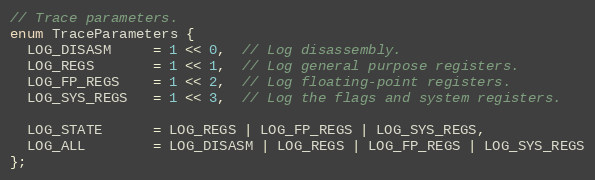
Language: C
// Trace parameters.
enum TraceParameters {
  LOG_DISASM     = 1 << 0,  // Log disassembly.
  LOG_REGS       = 1 << 1,  // Log general purpose registers.
  LOG_FP_REGS    = 1 << 2,  // Log floating-point registers.
  LOG_SYS_REGS   = 1 << 3,  // Log the flags and system registers.

  LOG_STATE      = LOG_REGS | LOG_FP_REGS | LOG_SYS_REGS,
  LOG_ALL        = LOG_DISASM | LOG_REGS | LOG_FP_REGS | LOG_SYS_REGS
};